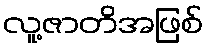
လူ့ဇာတိအဖြစ်